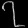
Digit: ၇